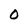
Character: O